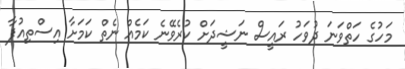
މަހުގެ ހަތްވަނަ ދުވަހު ރައީސް ނަޝީދަށް ކުރެވޭނެ ކަމެއް ނެތް ކަމަށާ އިސްތިއުފާ